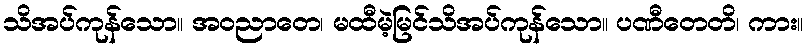
သိအပ်ကုန်သော။ အဝညာတေ၊ မထီမဲ့မြင်သိအပ်ကုန်သော။ ပဏီတေတိ၊ ကား။